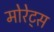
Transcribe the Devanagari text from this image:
मोरेट्स